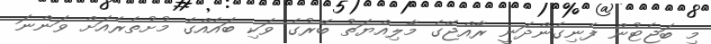
މި ބަޖެޓުން ފެނިގެންދަނީ ރާއްޖޭގެ މާލިއްޔަތު ބޭރުގެ ވަކި ބައެއްގެ މުށުތެރެއަށް ވަންނަ